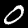
Label: 0